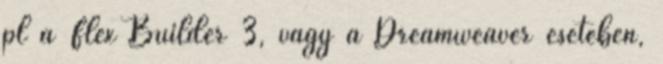
pl a Flex Builder 3, vagy a Dreamweaver esetében,